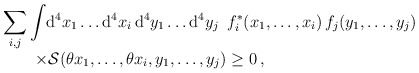
\begin{align*}\begin{array}{l}\displaystyle\sum\limits_{i,j}\int\!{\rm d}^4x_1\dots{\rm d}^4x_i \,{\rm d}^4y_1\dots{\rm d}^4y_j\enspace f_i^\ast(x_1,\dots,x_i)\,f_j(y_1,\dots,y_j) \\\qquad\times{\cal S}(\theta x_1,\dots,\theta x_i,y_1,\dots, y_j) \ge 0\,,\end{array}\end{align*}